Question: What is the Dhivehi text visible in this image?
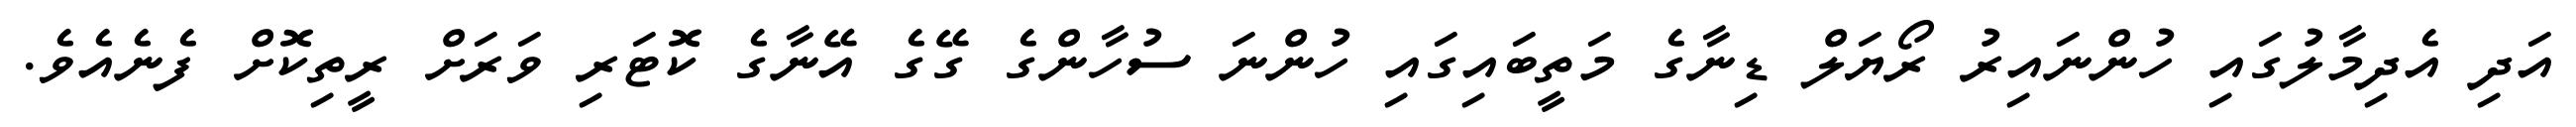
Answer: އަދި އެދިމާލުގައި ހުންނައިރު ރޯޔަލް ޑިނާގެ މަތީބައިގައި ހުންނަ ސުހާންގެ ގޭގެ އޭނާގެ ކޮޓަރި ވަރަށް ރީތިކޮށް ފެނެއެވެ.